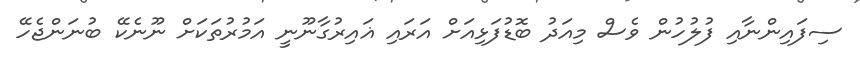
ސިފައިންނާއި ފުލުހުން ވެސް މިއަދު ބޮޑުފަޅިއަށް އަރައި ޣައިރުގާނޫނީ އަމުރުތަކަށް ނޫނެކޭ ބުނަންޖެހޭ